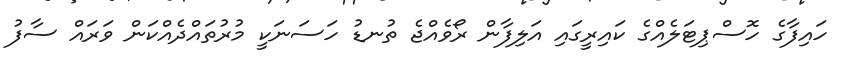
ހައިފާގެ ހޮސްޕިޓަލެއްގެ ކައިރީގައި އަލިފާން ރޯވެއްޖެ ތުނޑު ހަސަނަކީ މުރުތައްދެއްކަން ވަރައް ސާފު